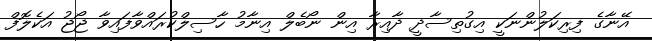
އޭނާގެ ފިރިކަލުންނަކީ އިގުތިސާދީ ދާއިރާ އިން ނޯބެލް އިނާމު ހާސިލްކުރައްވާފައިވާ ޖޯޖު އަކެލޮފް